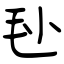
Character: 毜